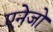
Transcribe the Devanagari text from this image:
एनेजो